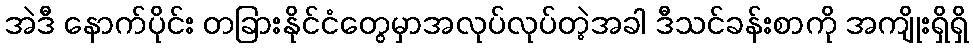
အဲဒီ နောက်ပိုင်း တခြားနိုင်ငံတွေမှာအလုပ်လုပ်တဲ့အခါ ဒီသင်ခန်းစာကို အကျိုးရှိရှိ